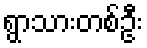
ရွာသားတစ်ဦး